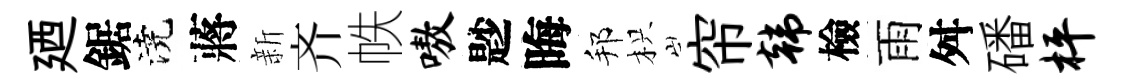
廼鋸澆蔣新齐帙嗷尟晦邦枳帘韩檢雨舛磻枰